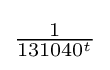
{\tfrac {1}{131040^{t}}}